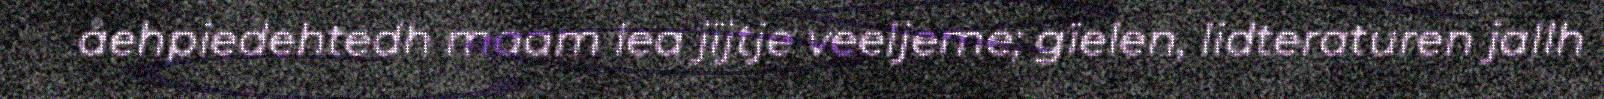
åehpiedehtedh maam lea jïjtje veeljeme; gïelen, lidteraturen jallh